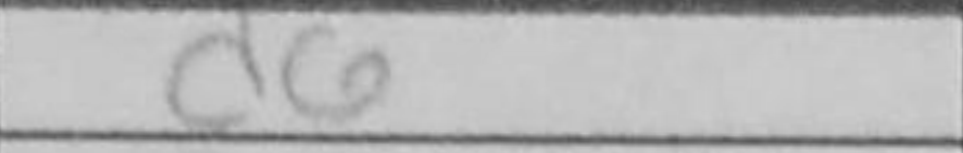
Transcription: d6